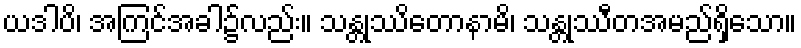
ယဒါပိ၊ အကြင်အခါ၌လည်း။ သန္တုဿိတောနာမိ၊ သန္တုဿီတအမည်ရှိသော။